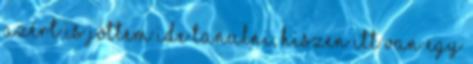
Azért is jöttem ide tanulni, hiszen itt van egy